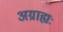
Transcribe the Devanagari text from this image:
अग्राह्यः